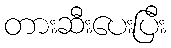
တားဆီးပေးပြီး